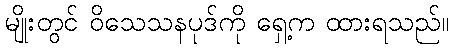
မျိုးတွင် ဝိသေသနပုဒ်ကို ရှေ့က ထားရသည်။